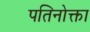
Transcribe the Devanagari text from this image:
पतिनोक्ता